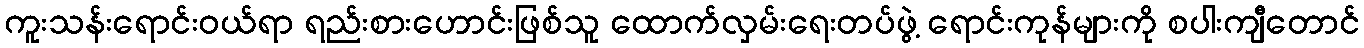
ကူးသန်းရောင်းဝယ်ရာ ရည်းစားဟောင်းဖြစ်သူ ထောက်လှမ်းရေးတပ်ဖွဲ့ ရောင်းကုန်များကို စပါးကျီတောင်